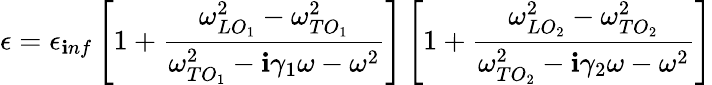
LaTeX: \epsilon=\epsilon_{\mathbf{i}nf}\left[1+\frac{{\omega_{LO_{1}}^{2}-\omega_{TO_{1}}^{2}}}{{\omega_{TO_{1}}^{2}-\mathbf{i}\gamma_{1}\omega-\omega^{2}}}\right]\left[1+\frac{{\omega_{LO_{2}}^{2}-\omega_{TO_{2}}^{2}}}{{\omega_{TO_{2}}^{2}-\mathbf{i}\gamma_{2}\omega-\omega^{2}}}\right]